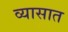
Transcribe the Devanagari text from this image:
व्यासात